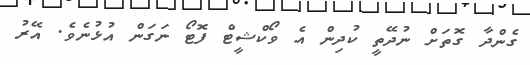
ގެންދާ ގޮތަށް ނުދޭތީ ކުދިން އެ ވޯކްޝީޓް ފޮޓޯ ނަގަން އުޅުނެވެ. އޭރު